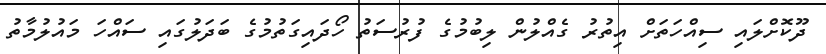
ދޫކޮށްލައި ސިއްހަތަށް އިތުރު ގެއްލުން ލިބުމުގެ ފުރުސަތު ހޯދައިގަތުމުގެ ބަދަލުގައި ސައްހަ މައުލުމާތު